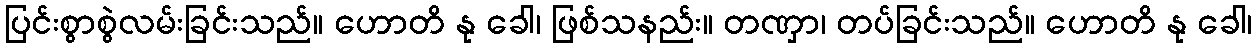
ပြင်းစွာစွဲလမ်းခြင်းသည်။ ဟောတိ နု ခေါ၊ ဖြစ်သနည်း။ တဏှာ၊ တပ်ခြင်းသည်။ ဟောတိ နု ခေါ၊